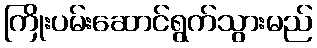
ကြိုးပမ်းဆောင်ရွက်သွားမည်